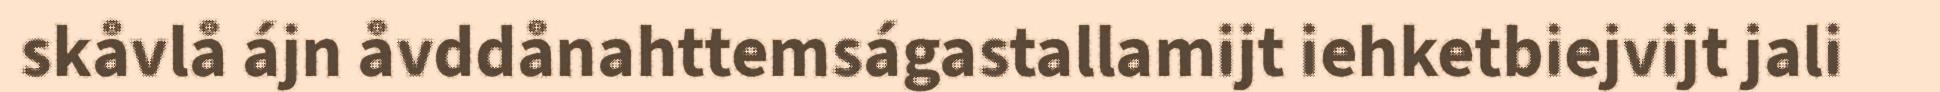
skåvlå ájn åvddånahttemságastallamijt iehketbiejvijt jali